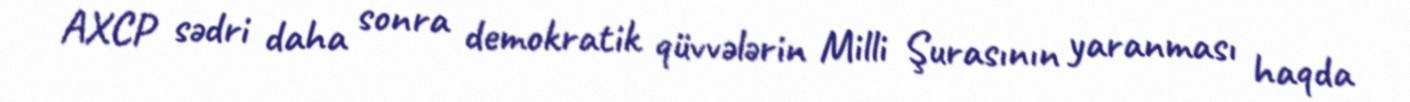
AXCP sədri daha sonra demokratik qüvvələrin Milli Şurasının yaranması haqda